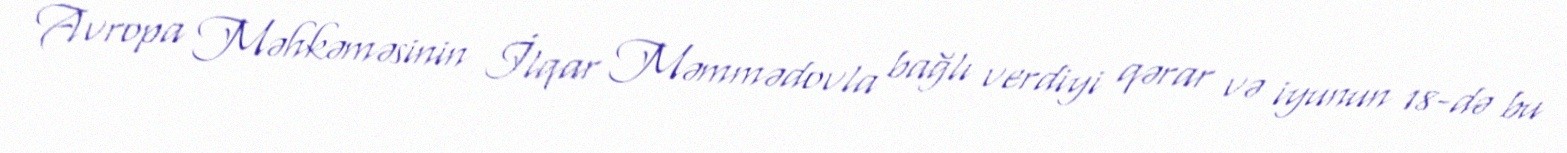
Avropa Məhkəməsinin İlqar Məmmədovla bağlı verdiyi qərar və iyunun 18-də bu